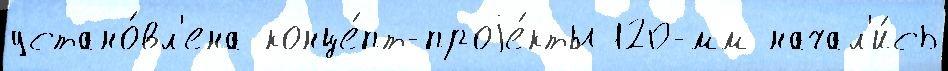
устано́вл'ена конце́пт-проjе́кты 120-мм начал'и́сь